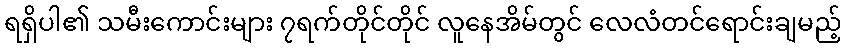
ရရှိပါ၏ သမီးကောင်းများ ၇ရက်တိုင်တိုင် လူနေအိမ်တွင် လေလံတင်ရောင်းချမည့်